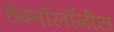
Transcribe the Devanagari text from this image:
टेक्नॉलॉजीस